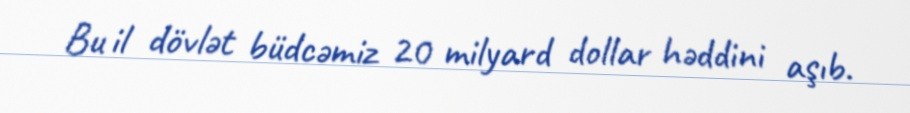
Bu il dövlət büdcəmiz 20 milyard dollar həddini aşıb.